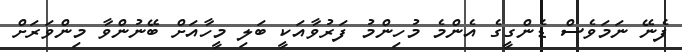
ފެނޭ ނަމަވެސް ޑެންގީގެ އެންމެ މުހިންމު ފަރުވާއަކީ ބަލި މީހާއަށް ބޭނުންވާ މިންވަރަށް